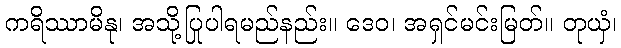
ကရိဿာမိနု၊ အသို့ပြုပါရမည်နည်း။ ဒေဝ၊ အရှင်မင်းမြတ်။ တုယှံ၊